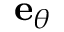
\mathbf { e } _ { \theta }